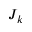
J _ { k }